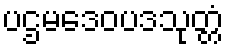
ပဌမဒေဝပဒသုတ္တံ